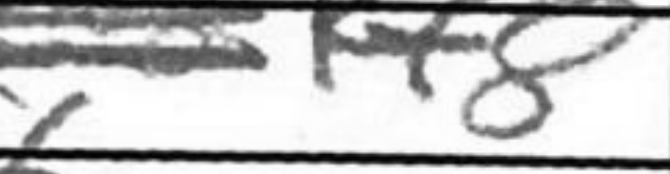
Transcription: Kf8